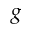
g